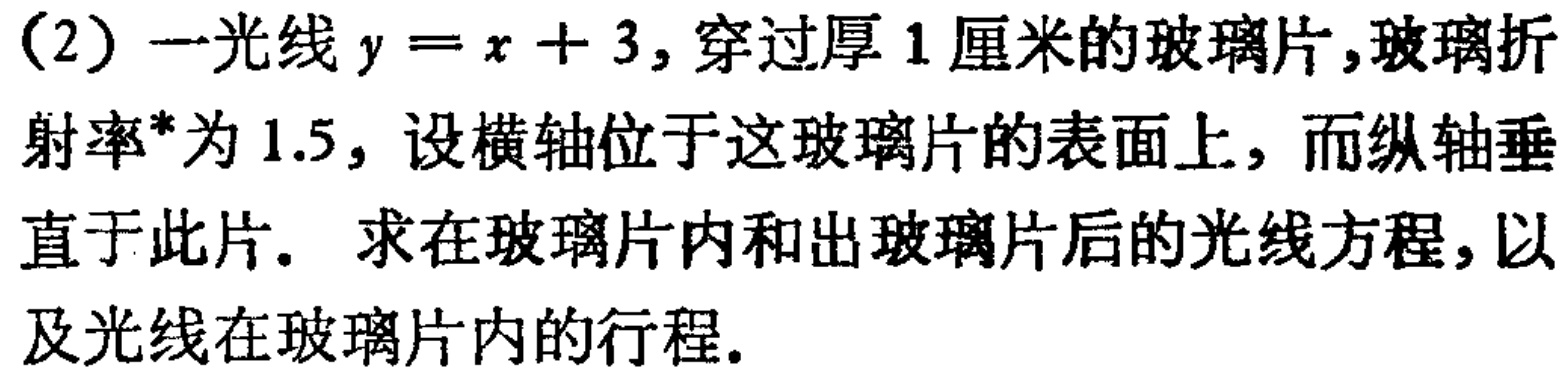
（2）一光线\(y = x + 3\)，穿过厚\(1\)厘米的玻璃片，玻璃折射率*为\(1.5\)，设横轴位于这玻璃片的表面上，而纵轴垂直于此片。求在玻璃片内和出玻璃片后的光线方程，以及光线在玻璃片内的行程。